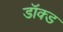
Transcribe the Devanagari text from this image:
डॉक्ड